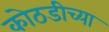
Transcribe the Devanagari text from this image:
कोठडीच्या